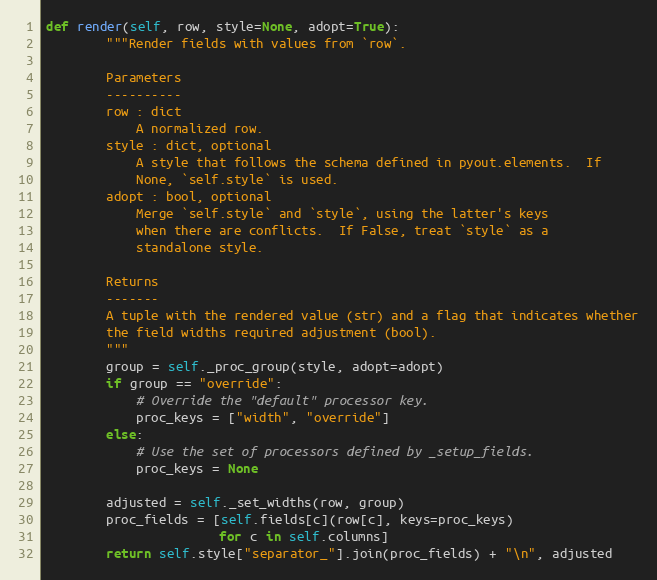
Language: Python
def render(self, row, style=None, adopt=True):
        """Render fields with values from `row`.

        Parameters
        ----------
        row : dict
            A normalized row.
        style : dict, optional
            A style that follows the schema defined in pyout.elements.  If
            None, `self.style` is used.
        adopt : bool, optional
            Merge `self.style` and `style`, using the latter's keys
            when there are conflicts.  If False, treat `style` as a
            standalone style.

        Returns
        -------
        A tuple with the rendered value (str) and a flag that indicates whether
        the field widths required adjustment (bool).
        """
        group = self._proc_group(style, adopt=adopt)
        if group == "override":
            # Override the "default" processor key.
            proc_keys = ["width", "override"]
        else:
            # Use the set of processors defined by _setup_fields.
            proc_keys = None

        adjusted = self._set_widths(row, group)
        proc_fields = [self.fields[c](row[c], keys=proc_keys)
                       for c in self.columns]
        return self.style["separator_"].join(proc_fields) + "\n", adjusted